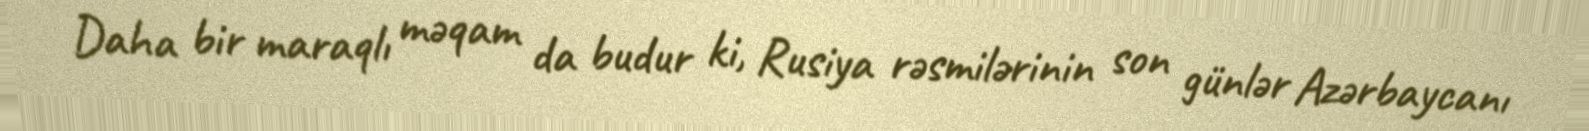
Daha bir maraqlı məqam da budur ki, Rusiya rəsmilərinin son günlər Azərbaycanı